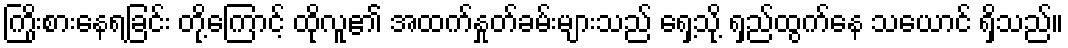
ကြိုးစားနေရခြင်း တို့ကြောင့် ထိုလူ၏ အထက်နှုတ်ခမ်းများသည် ရှေ့သို့ ရှည်ထွက်နေ သယောင် ရှိသည်။